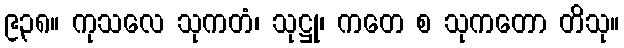
၉၃၈။ ကုသလေ သုကတံ၊ သုဋ္ဌု၊ ကတေ စ သုကတော တိသု။